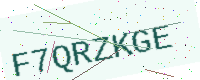
Text: F7QRZKGE